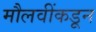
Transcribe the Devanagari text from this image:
मौलवींकडून